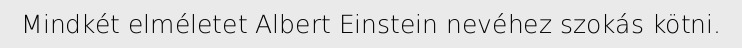
Mindkét elméletet Albert Einstein nevéhez szokás kötni.